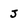
Character: j